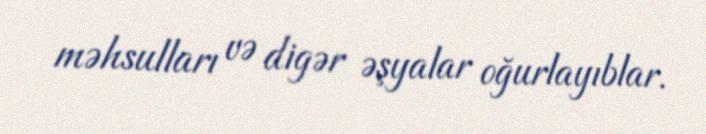
məhsulları və digər əşyalar oğurlayıblar.